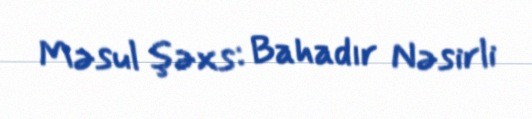
Məsul şəxs: Bahadır Nəsirli